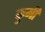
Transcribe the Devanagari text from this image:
कुमी